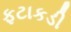
ફટાકડી